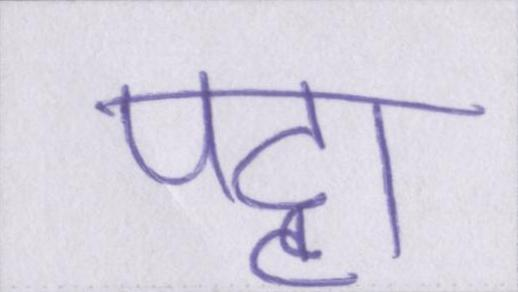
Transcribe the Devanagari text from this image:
पट्टा